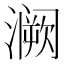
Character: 𫞝